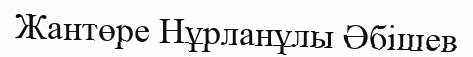
Жантөре Нұрланұлы Әбішев